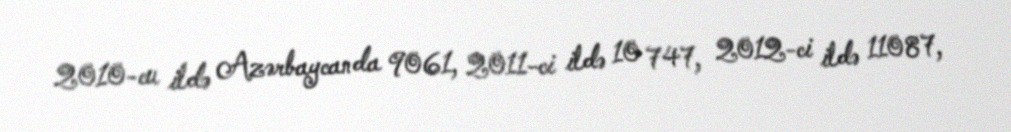
2010-cu ildə Azərbaycanda 9061, 2011-ci ildə 10 747, 2012-ci ildə 11087,